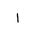
Letter: _alif